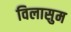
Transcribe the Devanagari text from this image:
विलासुम